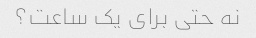
نه حتی برای یک ساعت؟